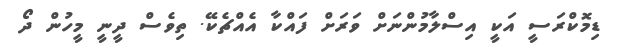
ޑިމޮކްރަސީ އަކީ އިސްލާމުންނަށް ވަރަށް ފައްކާ އެއްޗެކޭ. ތިވެސް ދީނީ މީހުން ދޯ